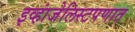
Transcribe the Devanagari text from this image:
इव्हांजेलिस्टपणात